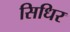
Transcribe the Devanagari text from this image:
सिधिर